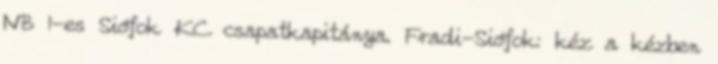
NB I-es Siófok KC csapatkapitánya. Fradi-Siófok: kéz a kézben